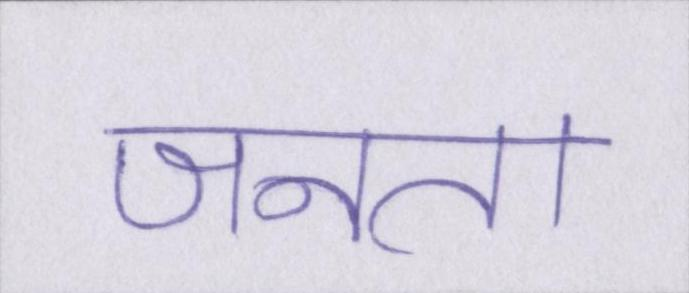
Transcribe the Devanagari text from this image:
जनता